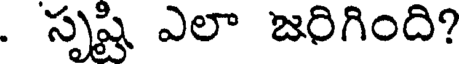
. సృష్టి ఎలా జరిగింది?